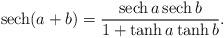
LaTeX: \begin{align*}{\rm sech}(a+b)=\frac{{\rm sech}\,a\,{\rm sech}\,b}{1+\tanh a\tanh b}.\end{align*}